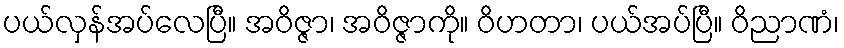
ပယ်လှန်အပ်လေပြီ။ အဝိဇ္ဇာ၊ အဝိဇ္ဇာကို။ ဝိဟတာ၊ ပယ်အပ်ပြီ။ ဝိညာဏံ၊